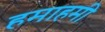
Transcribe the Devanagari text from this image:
हमाहमी